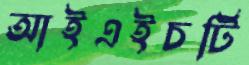
আইএইচটি